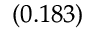
_ { ( 0 . 1 8 3 ) }